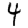
Digit: 4